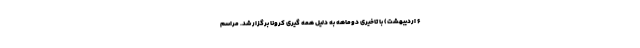
۶ اردیبهشت) با تاخیری دوماهه به دلیل همه گیری کرونا برگزار شد. مراسم